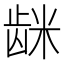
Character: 𮇦